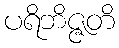
ပရိဘိဇ္ဇတိ